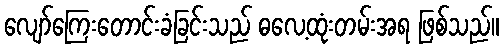
လျော်ကြေးတောင်းခံခြင်းသည် ဓလေ့ထုံးတမ်းအရ ဖြစ်သည်။